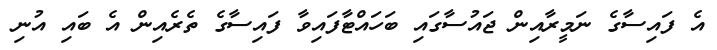
އެ ފައިސާގެ ނަމީރާއިން ޖައުސާގައި ބަހައްޓާފައިވާ ފައިސާގެ ތެރެއިން އެ ބައި އުނި